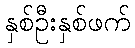
နှစ်ဦးနှစ်ဖက်